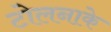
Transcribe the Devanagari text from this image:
टोलनाके